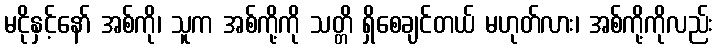
မငိုနှင့်နော် အစ်ကို၊ သူက အစ်ကို့ကို သတ္တိ ရှိစေချင်တယ် မဟုတ်လား၊ အစ်ကို့ကိုလည်း